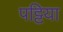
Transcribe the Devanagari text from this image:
पट्टिया